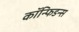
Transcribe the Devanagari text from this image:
कॉन्फिडन्स